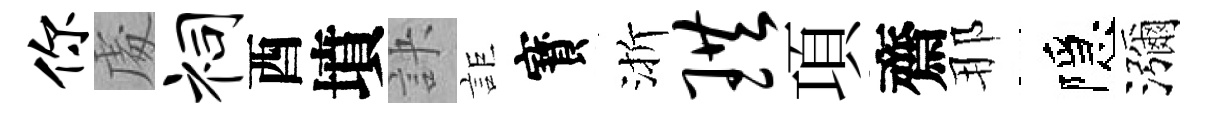
你䖏祠酉墳訣詎寳渐珙項齋那隱瀰